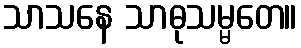
သာသနေ သာဓုသမ္မတေ။